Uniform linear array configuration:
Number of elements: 12
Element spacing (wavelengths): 0.5
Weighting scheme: uniform
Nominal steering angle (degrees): -30
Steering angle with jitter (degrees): -31.903
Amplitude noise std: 0.05
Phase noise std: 0.05

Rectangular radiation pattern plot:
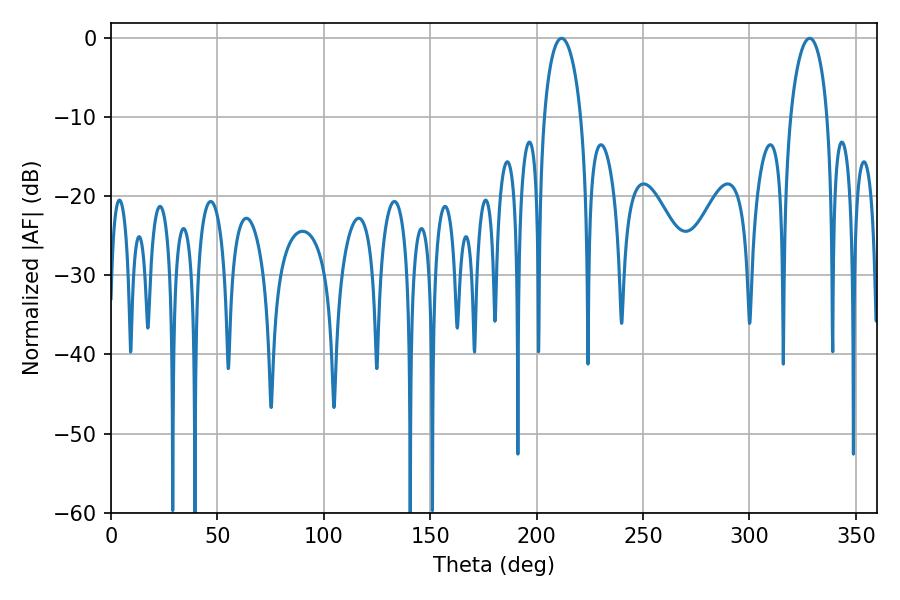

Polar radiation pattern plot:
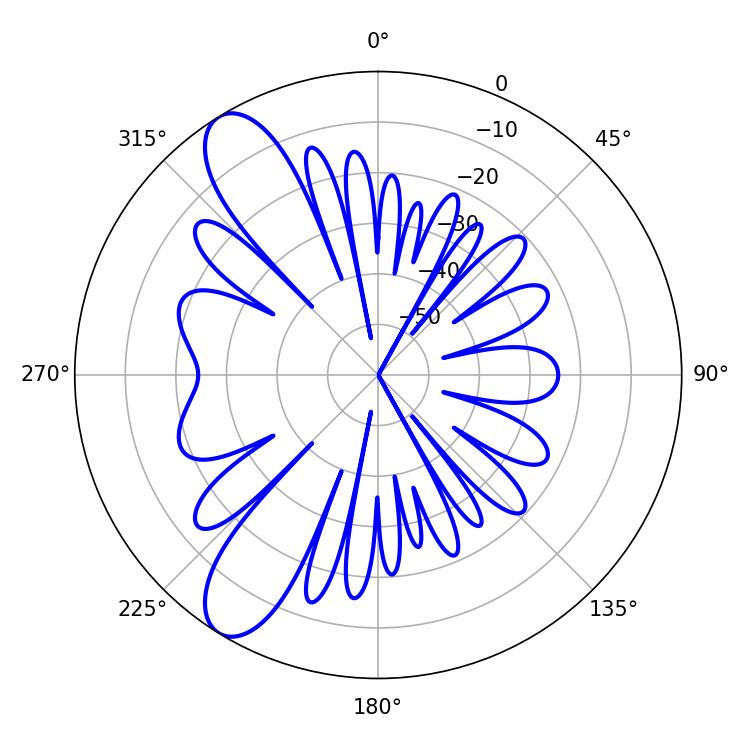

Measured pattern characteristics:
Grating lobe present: FALSE
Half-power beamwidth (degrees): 10.08
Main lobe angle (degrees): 211.68